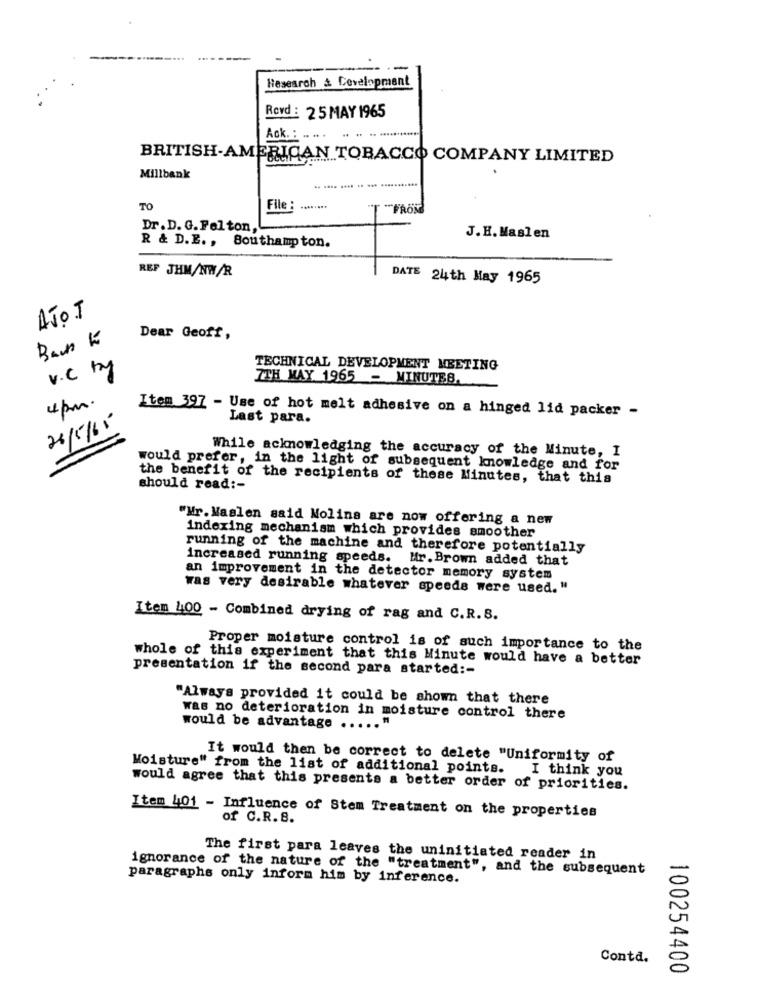
--
Research & Development
Rovd : 25 MAY 1965
.. .. ............
Ack. : .. .. .
BRITISH-AMERICAN TOBACCO COMPANY LIMITED
Millbank
.. .... ...... .. .
........
TO
File :
"T "FROM
Dr.D. G. Fel ton,
J.H. Maslen
R & D.E ., Southampton.
REF JHM/NW/R
DATE 24th May 1965
AJOT
Bas KE
Dear Geoff,
v.C ty
TECHNICAL DEVELOPMENT MEETING
7TH MAY 1965 - MINUTES.
4pm.
Item 397 - Use of hot melt adhesive on a hinged lid packer -
Last para.
26/5/65
While acknowledging the accuracy of the Minute, I
would prefer, in the light of subsequent knowledge and for
the benefit of the recipients of these Minutes, that this
should read :-
"Mr. Maslen said Molina are now offering a new
indexing mechanism which provides smoother
running of the machine and therefore potentially
increased running speeds. Mr. Brown added that
an improvement in the detector memory system
was very desirable whatever speeds were used. "
Item 400 - Combined drying of rag and C.R.S.
Proper moisture control is of such importance to the
whole of this experiment that this Minute would have a better
presentation if the second para started :-
"Always provided it could be shown that there
was no deterioration in moisture control there
would be advantage ....
It would then be correct to delete "Uniformity of
Moisture" from the list of additional points.
I think you
would agree that this presents a better order of priorities.
Item 401 - Influence of Stem Treatment on the properties
of C.R. B.
The first para leaves the uninitiated reader in
ignorance of the nature of the "treatment", and the subsequent
paragraphs only inform him by inference.
Conta.
100254400